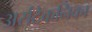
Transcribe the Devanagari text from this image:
अर्सटेकनिका